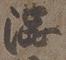
渋